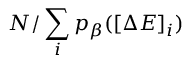
N / \sum _ { i } p _ { \beta } ( [ \Delta E ] _ { i } )